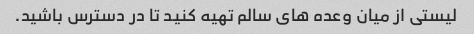
لیستی از میان وعده های سالم تهیه کنید تا در دسترس باشید.